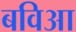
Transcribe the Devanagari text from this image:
बविआ